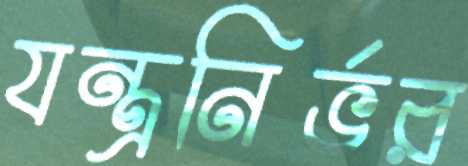
যন্ত্রনির্ভর